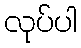
လုပ်ပါ